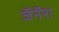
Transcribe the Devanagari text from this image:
जॅनॅरा